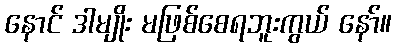
နောင် ဒါမျိုး မဖြစ်စေရဘူးကွယ် နော်။